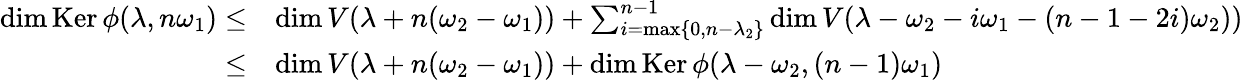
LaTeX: \begin{array}{rl}{\dim\operatorname{Ker}\phi(\lambda,n\omega_{1})\leq}&{\dim V(\lambda+n(\omega_{2}-\omega_{1}))+\sum_{i=\operatorname*{max}\{ 0,n-\lambda_{2}\} }^{n-1}\dim V(\lambda-\omega_{2}-i\omega_{1}-(n-1-2i)\omega_{2}))}\\ {\leq}&{\dim V(\lambda+n(\omega_{2}-\omega_{1}))+\dim\operatorname{Ker}\phi(\lambda-\omega_{2},(n-1)\omega_{1})}\end{array}